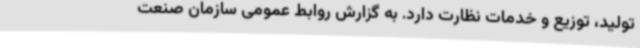
تولید، توزیع و خدمات نظارت دارد. به گزارش روابط عمومی سازمان صنعت